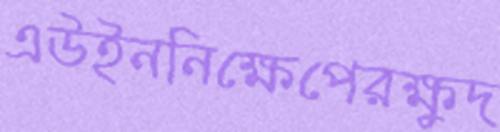
এউইননিক্ষেপেরক্ষুদ